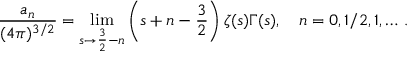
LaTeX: \frac { a _ { n } } { ( 4 \pi ) ^ { 3 / 2 } } = \operatorname * { l i m } _ { s \to \frac { 3 } { 2 } - n } \left( s + n - \frac { 3 } { 2 } \right) \zeta ( s ) \Gamma ( s ) , \quad n = 0 , 1 / 2 , 1 , \ldots \, { . }